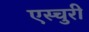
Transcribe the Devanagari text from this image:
एस्चुरी